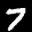
Label: 7